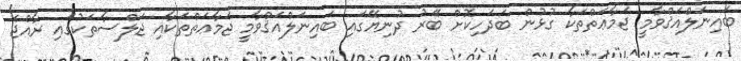
ބައިނަލްއަޤްވާމީ ޖަމާޢަތްތަކާ ގުޅުން ބަދަހިކޮށް ބޭރު ދުނިޔޭގައި ބައިނަލްއަޤްވާމީ ޖަމާޢަތްތަކާއި ޖަލްސާތަކުގައި ރާއްޖެ